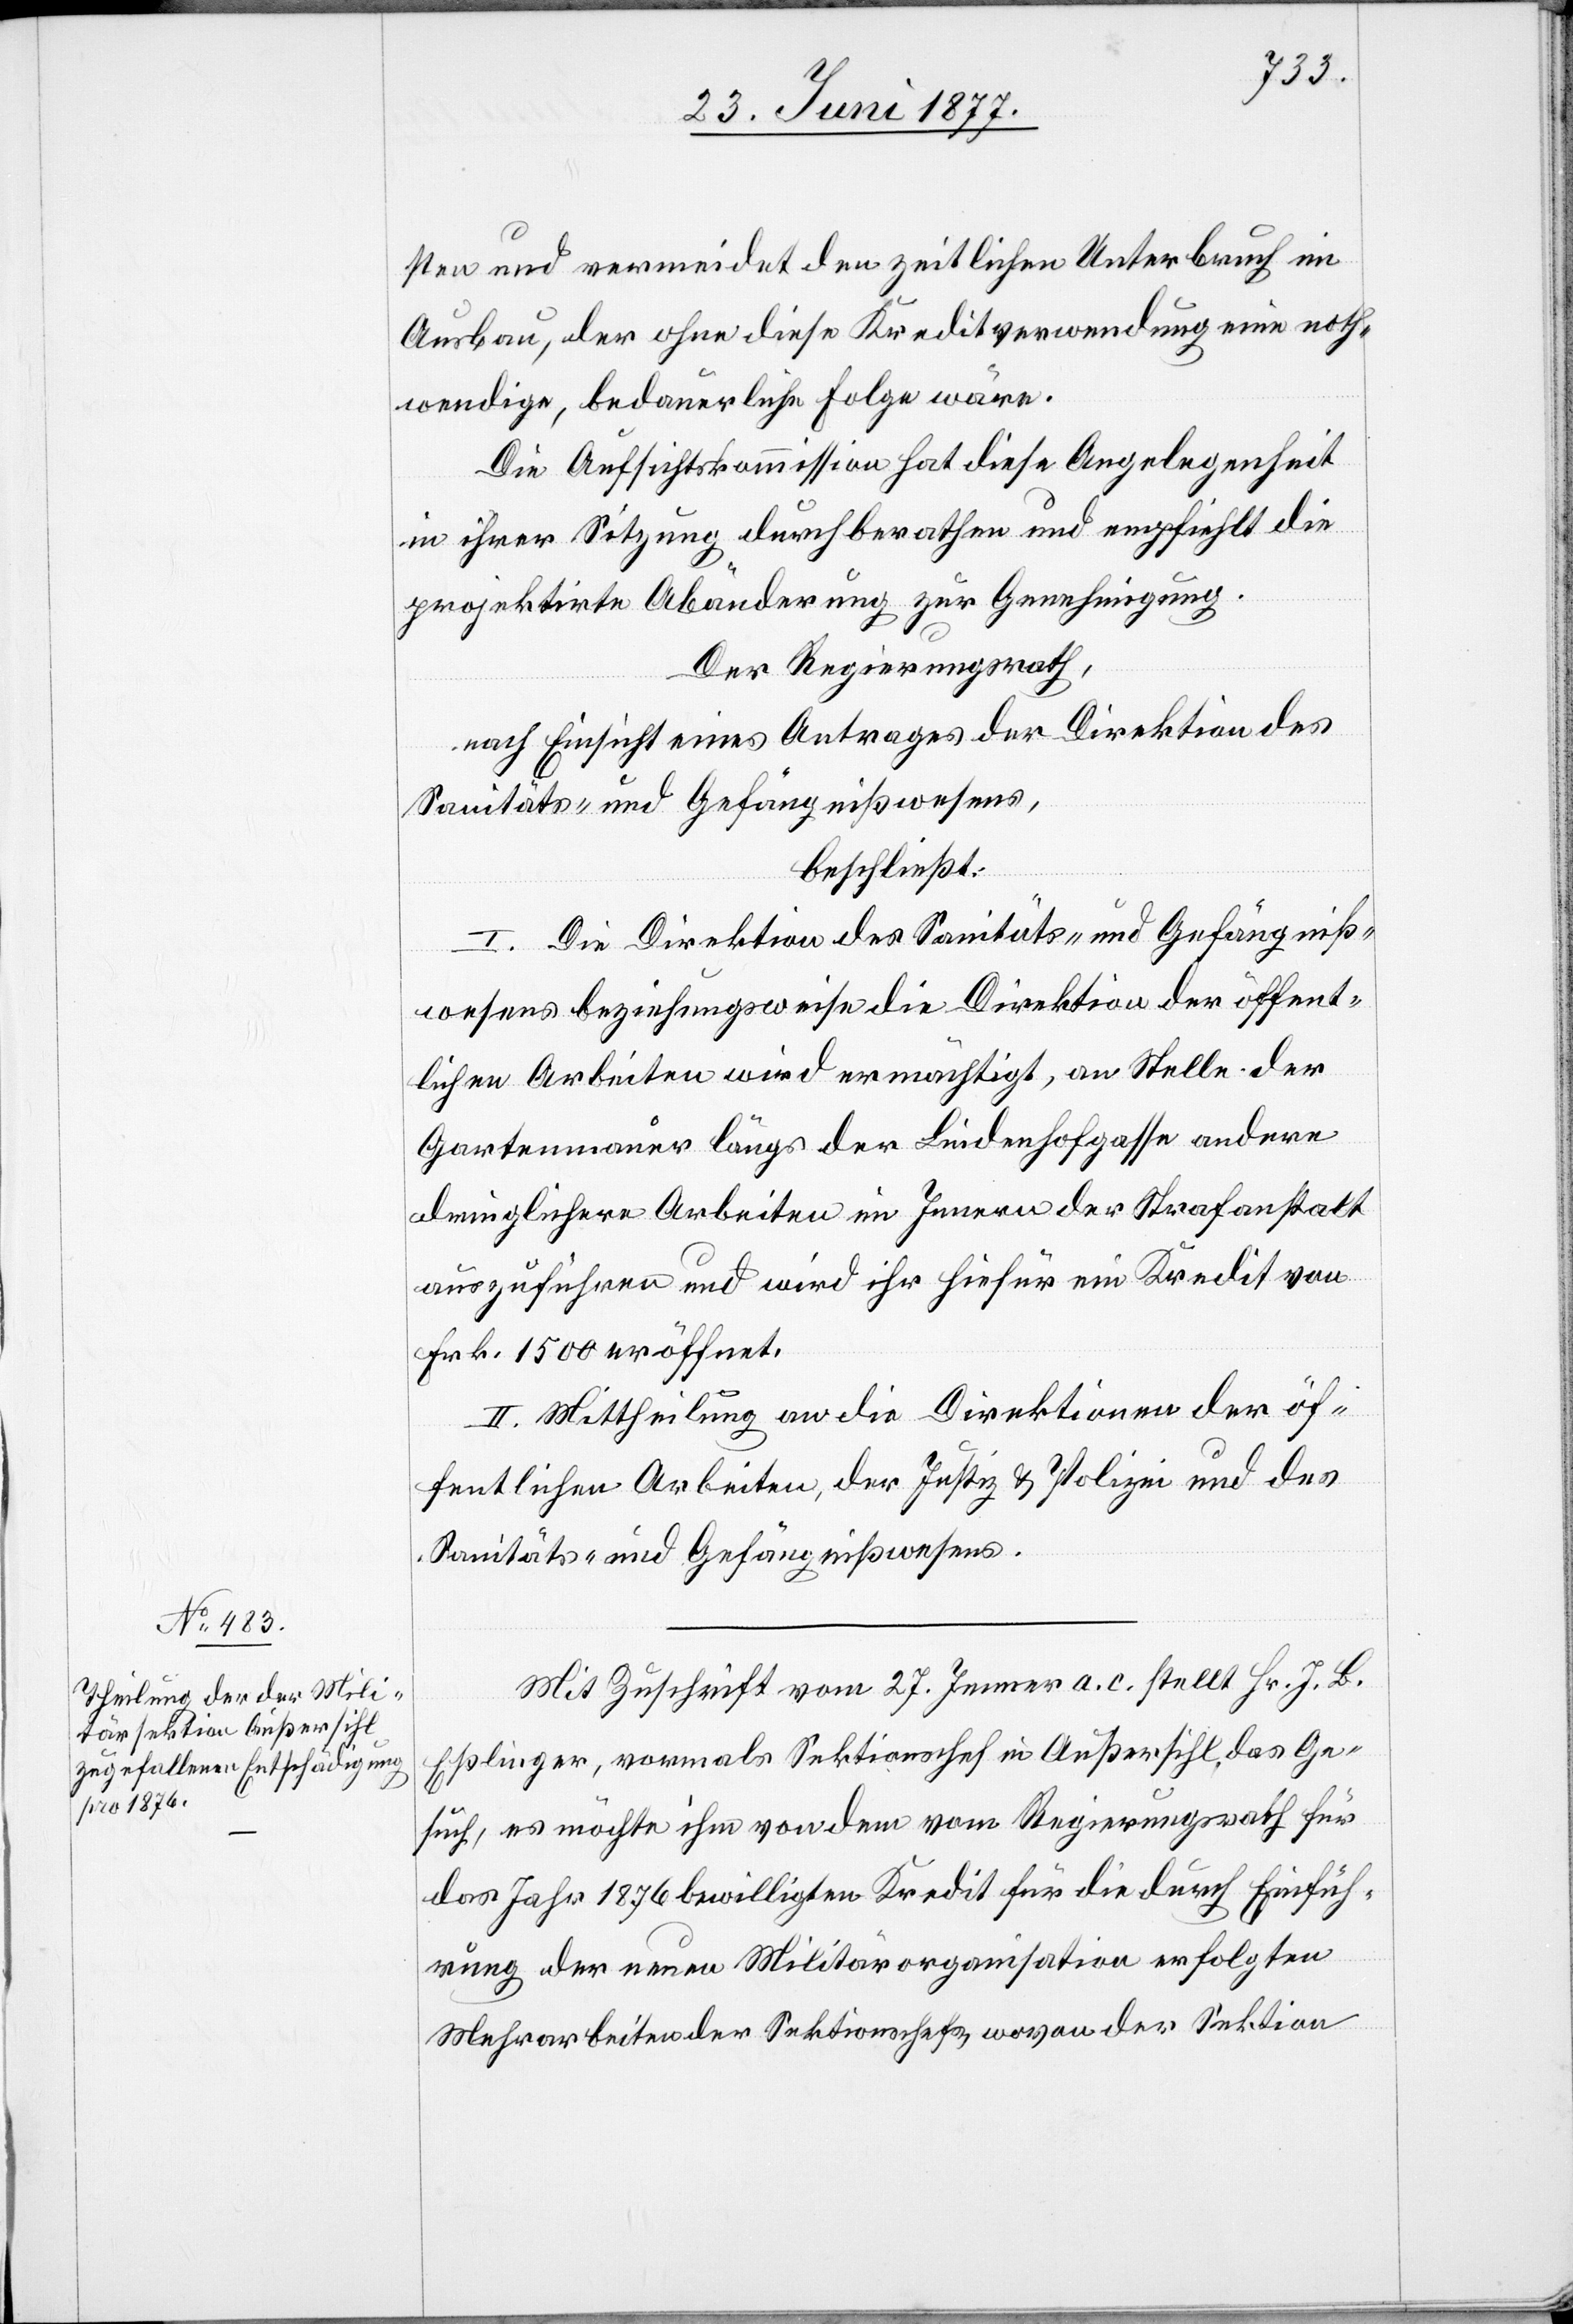
sten und vermeidet den zeitlichen Unterbruch im
Ausbau, der ohne diese Kreditverwendung eine noth¬
wendige, bedauerliche Folge wäre.
Die Aufsichtskommission hat diese Angelegenheit
in ihrer Sitzung durchberathen und empfiehlt die
projektirte Abänderung zur Genehmigung.
Der Regierungsrath,
nach Einsicht eines Antrages der Direktion des
Sanitäts- und Gefängnißwesens,
beschließt:
I. Die Direktion des Sanitäts- und Gefängniß¬
wesens beziehungsweise die Direktion der öffent¬
lichen Arbeiten wird ermächtigt, an Stelle der
Gartenmauer längs der Lindenhofgasse andere
dringliche Arbeiten im Innern der Strafanstalt
auszuführen und wird ihr hiefür ein Kredit von
Frk. 1500 eröffnet.
II. Mittheilung an die Direktionen der öf¬
fentlichen Arbeiten, der Justiz & Polizei und des
Sanitäts- und Gefängnißwesens.
Mit Zuschrift vom 27. Jenner a. c. stellt Hr. J. B.
Eßlinger, vormals Sektionschef in Außersihl, das Ge¬
such, es möchte ihm von dem vom Regierungsrath für
das Jahr 1876 bewilligten Kredit für die durch Einfüh¬
rung der neuen Militärorganisation erfolgten
Mehrarbeiten der Sektionschefs, wovon der Sektion